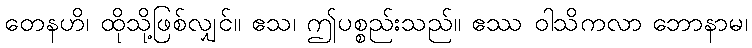
တေနဟိ၊ ထိုသို့ဖြစ်လျှင်။ ဧသ၊ ဤပစ္စည်းသည်။ ဧဿ ဝါသိကလာ ဘောနာမ၊